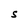
Character: S